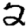
Digit: 2